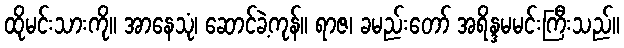
ထိုမင်းသားကို။ အာနေသုံ၊ ဆောင်ခဲ့ကုန်။ ရာဇ၊ ခမည်းတော် အရိန္ဒမမင်းကြီးသည်။